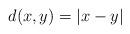
LaTeX: \begin{align*} d(x, y) = |x - y|\end{align*}